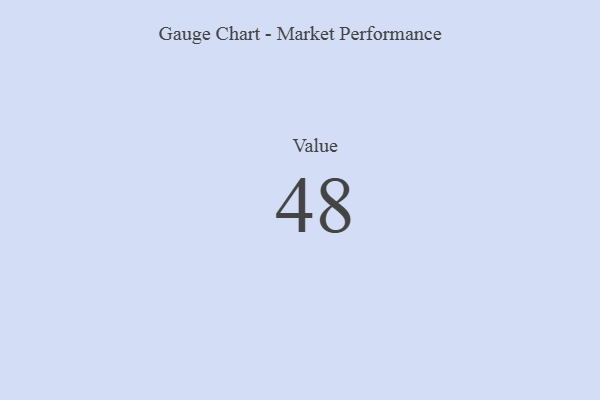
{"axis": {"x": "Metric", "y": "Value"}, "legend": [""], "data": [{"x": "Value", "y": 48, "type": ""}]}